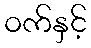
ဝက်နှင့်